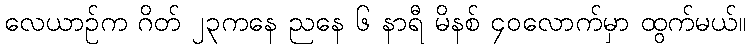
လေယာဉ်က ဂိတ် ၂၃ကနေ ညနေ ၆ နာရီ မိနစ် ၄၀လောက်မှာ ထွက်မယ်။